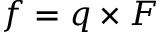
f = q \times F